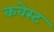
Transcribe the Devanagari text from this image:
कवेस्ट